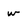
Character: w